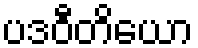
ပဒဝီတိယော